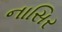
નાસિર